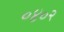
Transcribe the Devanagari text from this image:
०४०२